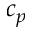
c _ { p }